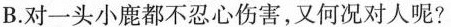
B.对一头小鹿都不忍心伤害，又何况对人呢?